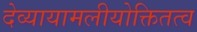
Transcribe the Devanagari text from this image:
देव्यायामलीयोक्तितत्व